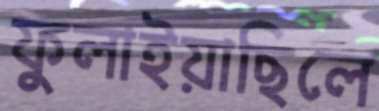
ফুলাইয়াছিলে